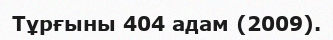
Тұрғыны 404 адам (2009).